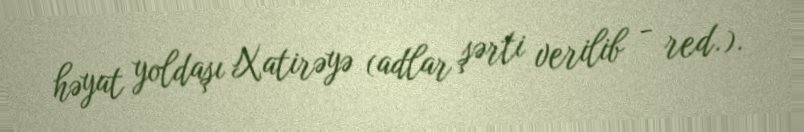
həyat yoldaşı Xatirəyə (adlar şərti verilib - red.).